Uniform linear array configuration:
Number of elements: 4
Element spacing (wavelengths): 1
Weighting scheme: binomial
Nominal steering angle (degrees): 15
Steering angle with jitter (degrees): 15.074
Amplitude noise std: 0.05
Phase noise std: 0.05

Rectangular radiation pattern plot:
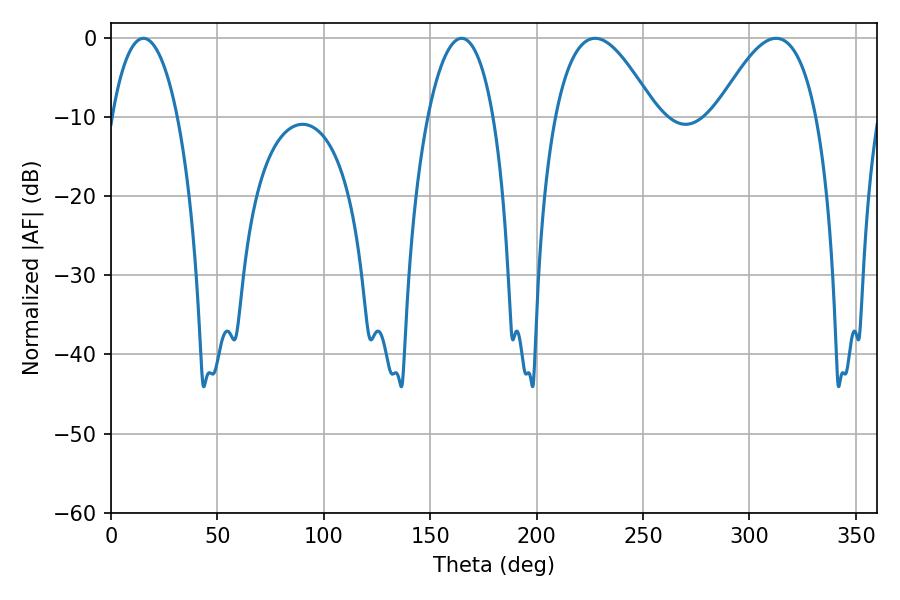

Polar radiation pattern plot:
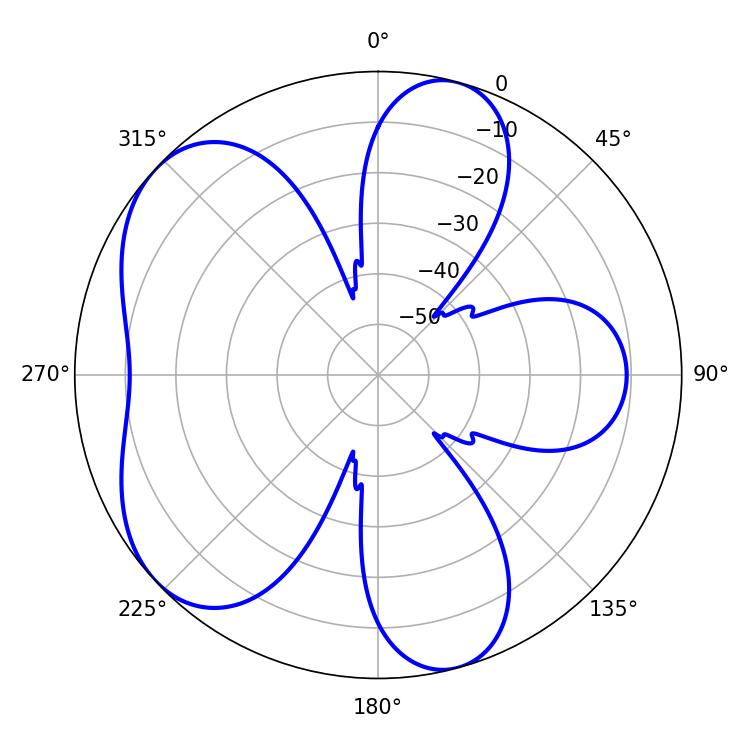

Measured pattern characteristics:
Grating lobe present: TRUE
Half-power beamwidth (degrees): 25.74
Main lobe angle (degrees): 227.52